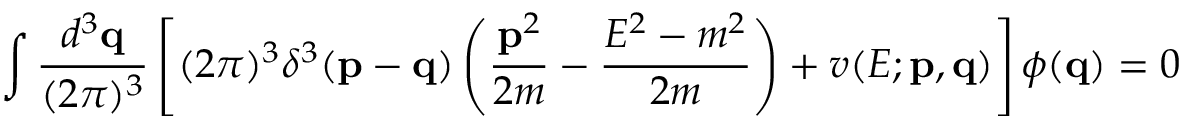
\int { \frac { d ^ { 3 } { \bf q } } { ( 2 \pi ) ^ { 3 } } } \left[ ( 2 \pi ) ^ { 3 } \delta ^ { 3 } ( { \bf p } - { \bf q } ) \left( { \frac { { \bf p } ^ { 2 } } { 2 m } } - { \frac { E ^ { 2 } - m ^ { 2 } } { 2 m } } \right) + v ( E ; { \bf p } , { \bf q } ) \right] \phi ( { \bf q } ) = 0